Vital statistics of India. Vol. IV, Annual returns from 1871 to 1876. British Army of India, Native Army and jails of Bengal
Year: 1871
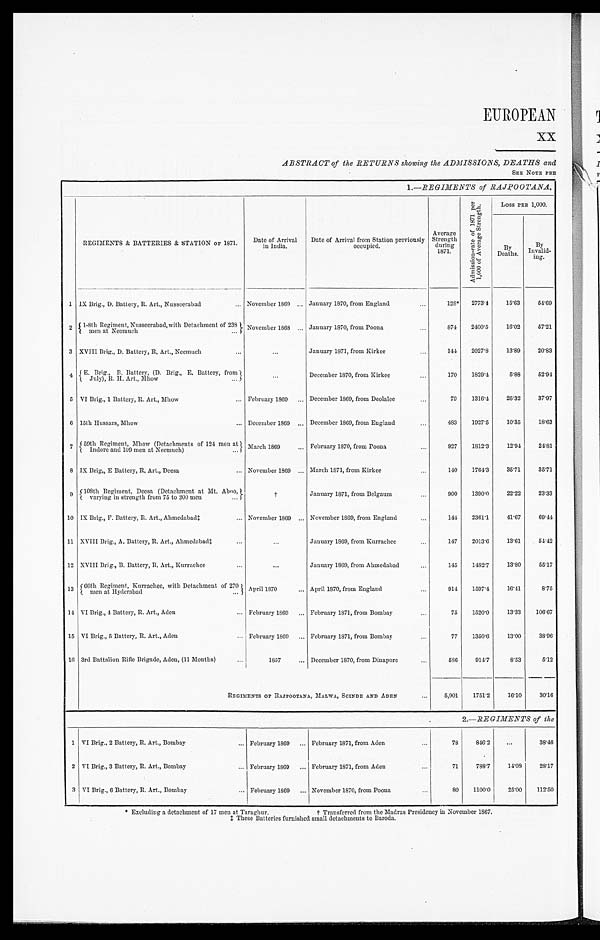
EUROPEAN
ABSTRACT of the RETURNS showing the ADMISSIONS, DEATHS and
SEE NOTE PRE
1.—REGIMENTS of RAJPOOTANA,
REGIMENTS & BATTERIES & STATION OF 1871.
Date of Arrival in India.
Date of Arrival previously occupied.
Average
Strength d u r i n g
1871.
A d m i s s i o n - r a t e o f 1 8 7 1 p e r 1 , 0 0 0 o f A v e r a g e S t r e n g t h . Loss PER 1,000.
B y D e a t h s .
By
Invalid-
i n g .
1
I X B r i g . , D . B a t t e r y , R . A r t . , N u s s e e r a b a d November 1869
January 1870, from England
128* 2773.4
15.63
54. 69
2 1-8th Regiment, Nusseerabad, with Detachment of 238 men at Neemuch November 1868
January 1870, from Poona
874 2400.5
16.02
57. 21
3 XVIII Brig., D. Battery, R, Art., Neemuch
...
January 1871, from Kirkee
144 2027.8
13.89
20. 83
4 E. Brig., B. Battery, (D. Brig., E. Battery, from J u l y ) , R . H . A r t . , M h o w
. . .
December 1870, from Kirkee
170
1829.4
5.88
52. 94
5 VI Brig., 1 Battery, R. Art., Mhow
February 1869
December 1869, from Deolalee
79
1316.4
25.32
37. 97
6 15th Hussars, Mhow
December 1869
December 1869, from England
483
1927.5
10.35
18. 63
7 59th Regiment, Mhow (Detachments of 124 men at
Indore and 109 men at Neemuch)
March 1869
February 1870, from Poona
927
1812.3
12.94
24. 81
8 IX Brig„ E Battery, R. Art., Deesa
November 1869
March 1871, from Kirkee
140
1764.3
35.71
35. 71
9 108th Regiment, Deesa (Detachment at Mt. Aboo,
varying in strength from 75 to 200 men
†
January 1871, from Belgaum
900
1390.0
22.22
23. 33
10 IX Brig., F. Battery, R. Art., Ahmedabad‡
November 1869
November 1869, from England
144
2361.1
41.67
69. 44
11 XVIII Brig., A. Battery, R. Art., Ahmedabad‡
...
January 1869, from Kurrachee
147
2013.6
13.61
54.42
12 XVIII Brig., B. Battery, R. Art., Kurrachee
. . .
January 1869, from Ahmedabad
145
1482.7
13.80
55. 17
13 66th Regiment, Kurrachee, with Detachment of 270
men at Hyderabad
April 1870
April 1870, from England
914
1597.4
16.41
8.75
1 4 VI Brig., 4 Battery, R. Art., Aden
February 1869
February 1871, from Bombay
75
1520.0
13.33 106.67
15 VI Brig., 5 Battery, R. Art., Aden
February 1869
February 1871, from Bombay
77
1350.6
13.00
38. 96
16 3rd Battalion Ride Brigade, Aden, (11 Months)
1857
December 1870, from Dinapore
586
914.7
8.53
5. 12
REGIMENTS OF RAJPOOTANA, MALWA, SCINDE AND ADEN
5,901
1751.2
16.10
30. 16
2.—REGIMENTS of the
1 VI Brig., 2 Battery, R. Art., Bombay
February 1869
February 1871, from Aden
78
846.2
...
38. 46
2 VI Brig., 3 Battery, R. Art., Bombay
February 1869
February 1871, from Aden
71
788.7
14.08
28. 17
3 VI Brig., 6 Battery, R. Art., Bombay
February 1869
November 1870, from Poona
8 0 1100.0
25.00 112.50
* Excluding a detachment of 17 men at Taraghur. † Transferred from the Madras Presidency in November 1867.
‡ These Batteries furnished small detachments to Baroda.